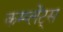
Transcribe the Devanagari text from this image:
कम्प्लेंट्स